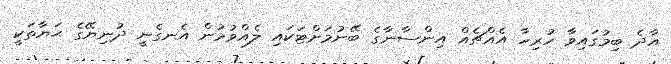
އާދެ ބިމުގައިވާ ހުރިހާ އެއްޗެއް އިންސާނާގެ ބޭނުމަށްޓަކައި ލެއްވުމުން އެނގެނީ ދުނިޔޭގެ ޙަޔާތަކީ